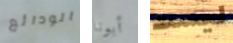
الودائع أبونا ليست